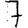
Digit: 7